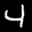
Label: 4